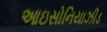
આઇસોનિયાઝીડ